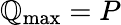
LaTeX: \mathbb{Q}_{\mathrm{{max}}}=P